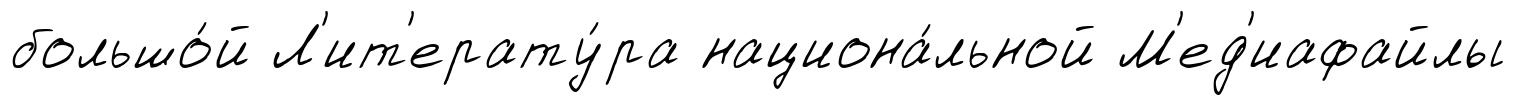
большо́й Л'ит'ерату́ра национа́льной М'ед'иафайлы